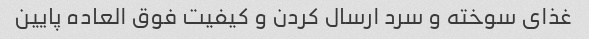
غذای سوخته و سرد ارسال کردن و کیفیت فوق العاده پایین